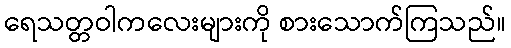
ရေသတ္တဝါကလေးများကို စားသောက်ကြသည်။